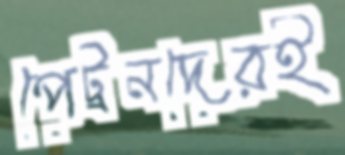
পেট্রনদেরই